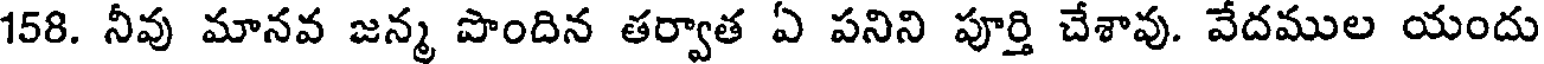
158. నీవు మానవ జన్మ పొందిన తర్వాత ఏ పనిని పూర్తి చేశావు. వేదముల యందు